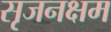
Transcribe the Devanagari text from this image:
सृजनक्षम